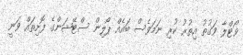
ވޯޓްލާ ވަގުތު އިތުރު ކުރި ނަމަވެސް ބައެއް ޕޯލިން ސްޓޭޝަންގެ ފޮށިތައް ވަނީ